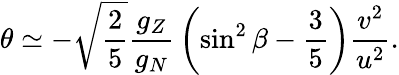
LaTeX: \theta\simeq-\sqrt{\frac{2}{5}}{\frac{g_{Z}}{g_{N}}}\left(\sin^{2}\beta-{\frac{3}{5}}\right){\frac{v^{2}}{u^{2}}}.